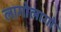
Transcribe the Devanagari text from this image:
लागोलागो